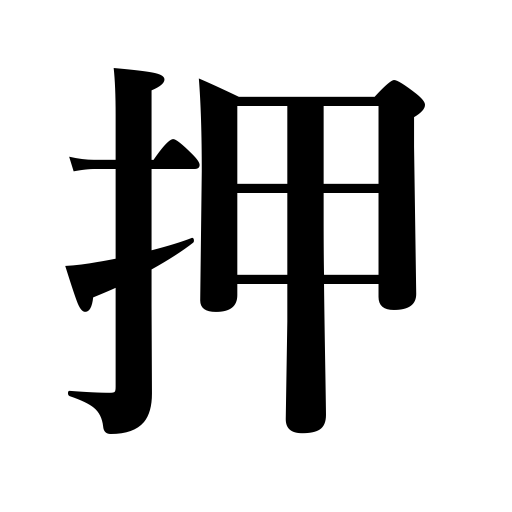
Meanings: restrain,suppress,seal,withhold,check,push,squash,stamp,compress,pin down,catch,arrest,stop,secure evidence,press,stop the ears,seize,attach,control,estimate conservatively,shove,govern,do in spite of,subdue